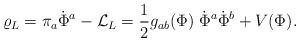
LaTeX: \begin{align*}\varrho_L = \pi_a \dot\Phi^a - {\cal L}_L = {1\over2} g_{ab}(\Phi)\; \dot\Phi^a \dot\Phi^b + V(\Phi).\end{align*}